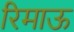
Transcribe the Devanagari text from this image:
रिमाऊ